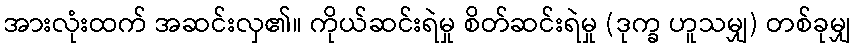
အားလုံးထက် အဆင်းလှ၏။ ကိုယ်ဆင်းရဲမှု စိတ်ဆင်းရဲမှု (ဒုက္ခ ဟူသမျှ) တစ်ခုမျှ